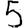
Digit: 5